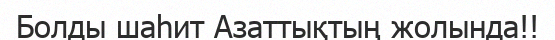
Болды шаһит Азаттықтың жолында!!